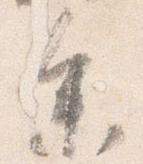
参